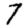
Digit: 7